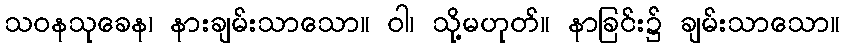
သဝနသုခေန၊ နားချမ်းသာသော။ ဝါ၊ သို့မဟုတ်။ နာခြင်း၌ ချမ်းသာသော။